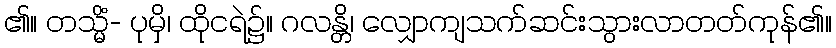
၏။ တသ္မိံ- ပုမှိ၊ ထိုငရဲ၌။ ဂလန္တိ၊ လျှောကျသက်ဆင်းသွားလာတတ်ကုန်၏။